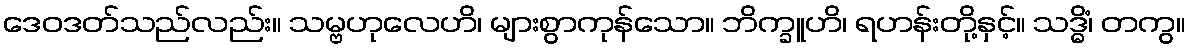
ဒေဝဒတ်သည်လည်း။ သမ္ဗဟုလေဟိ၊ များစွာကုန်သော။ ဘိက္ခူဟိ၊ ရဟန်းတို့နှင့်။ သဒ္ဓိံ၊ တကွ။